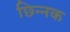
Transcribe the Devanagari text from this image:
छिन्नक